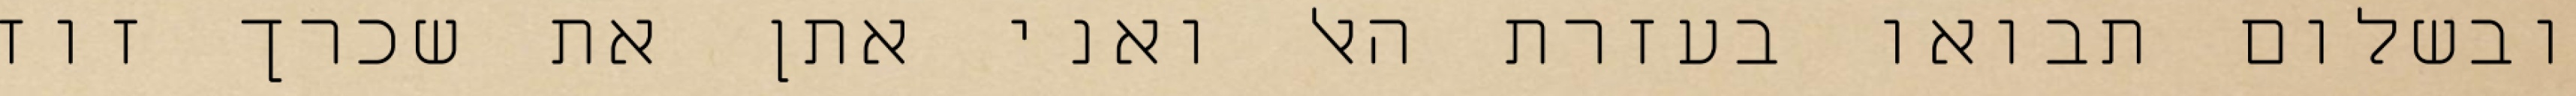
ובשלום תבואו בעזרת האל ואני אתן את שכרך זוז